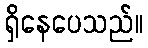
ရှိနေပေသည်။